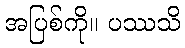
အပြစ်ကို။ ပဿသိ